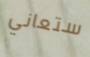
ستعاني